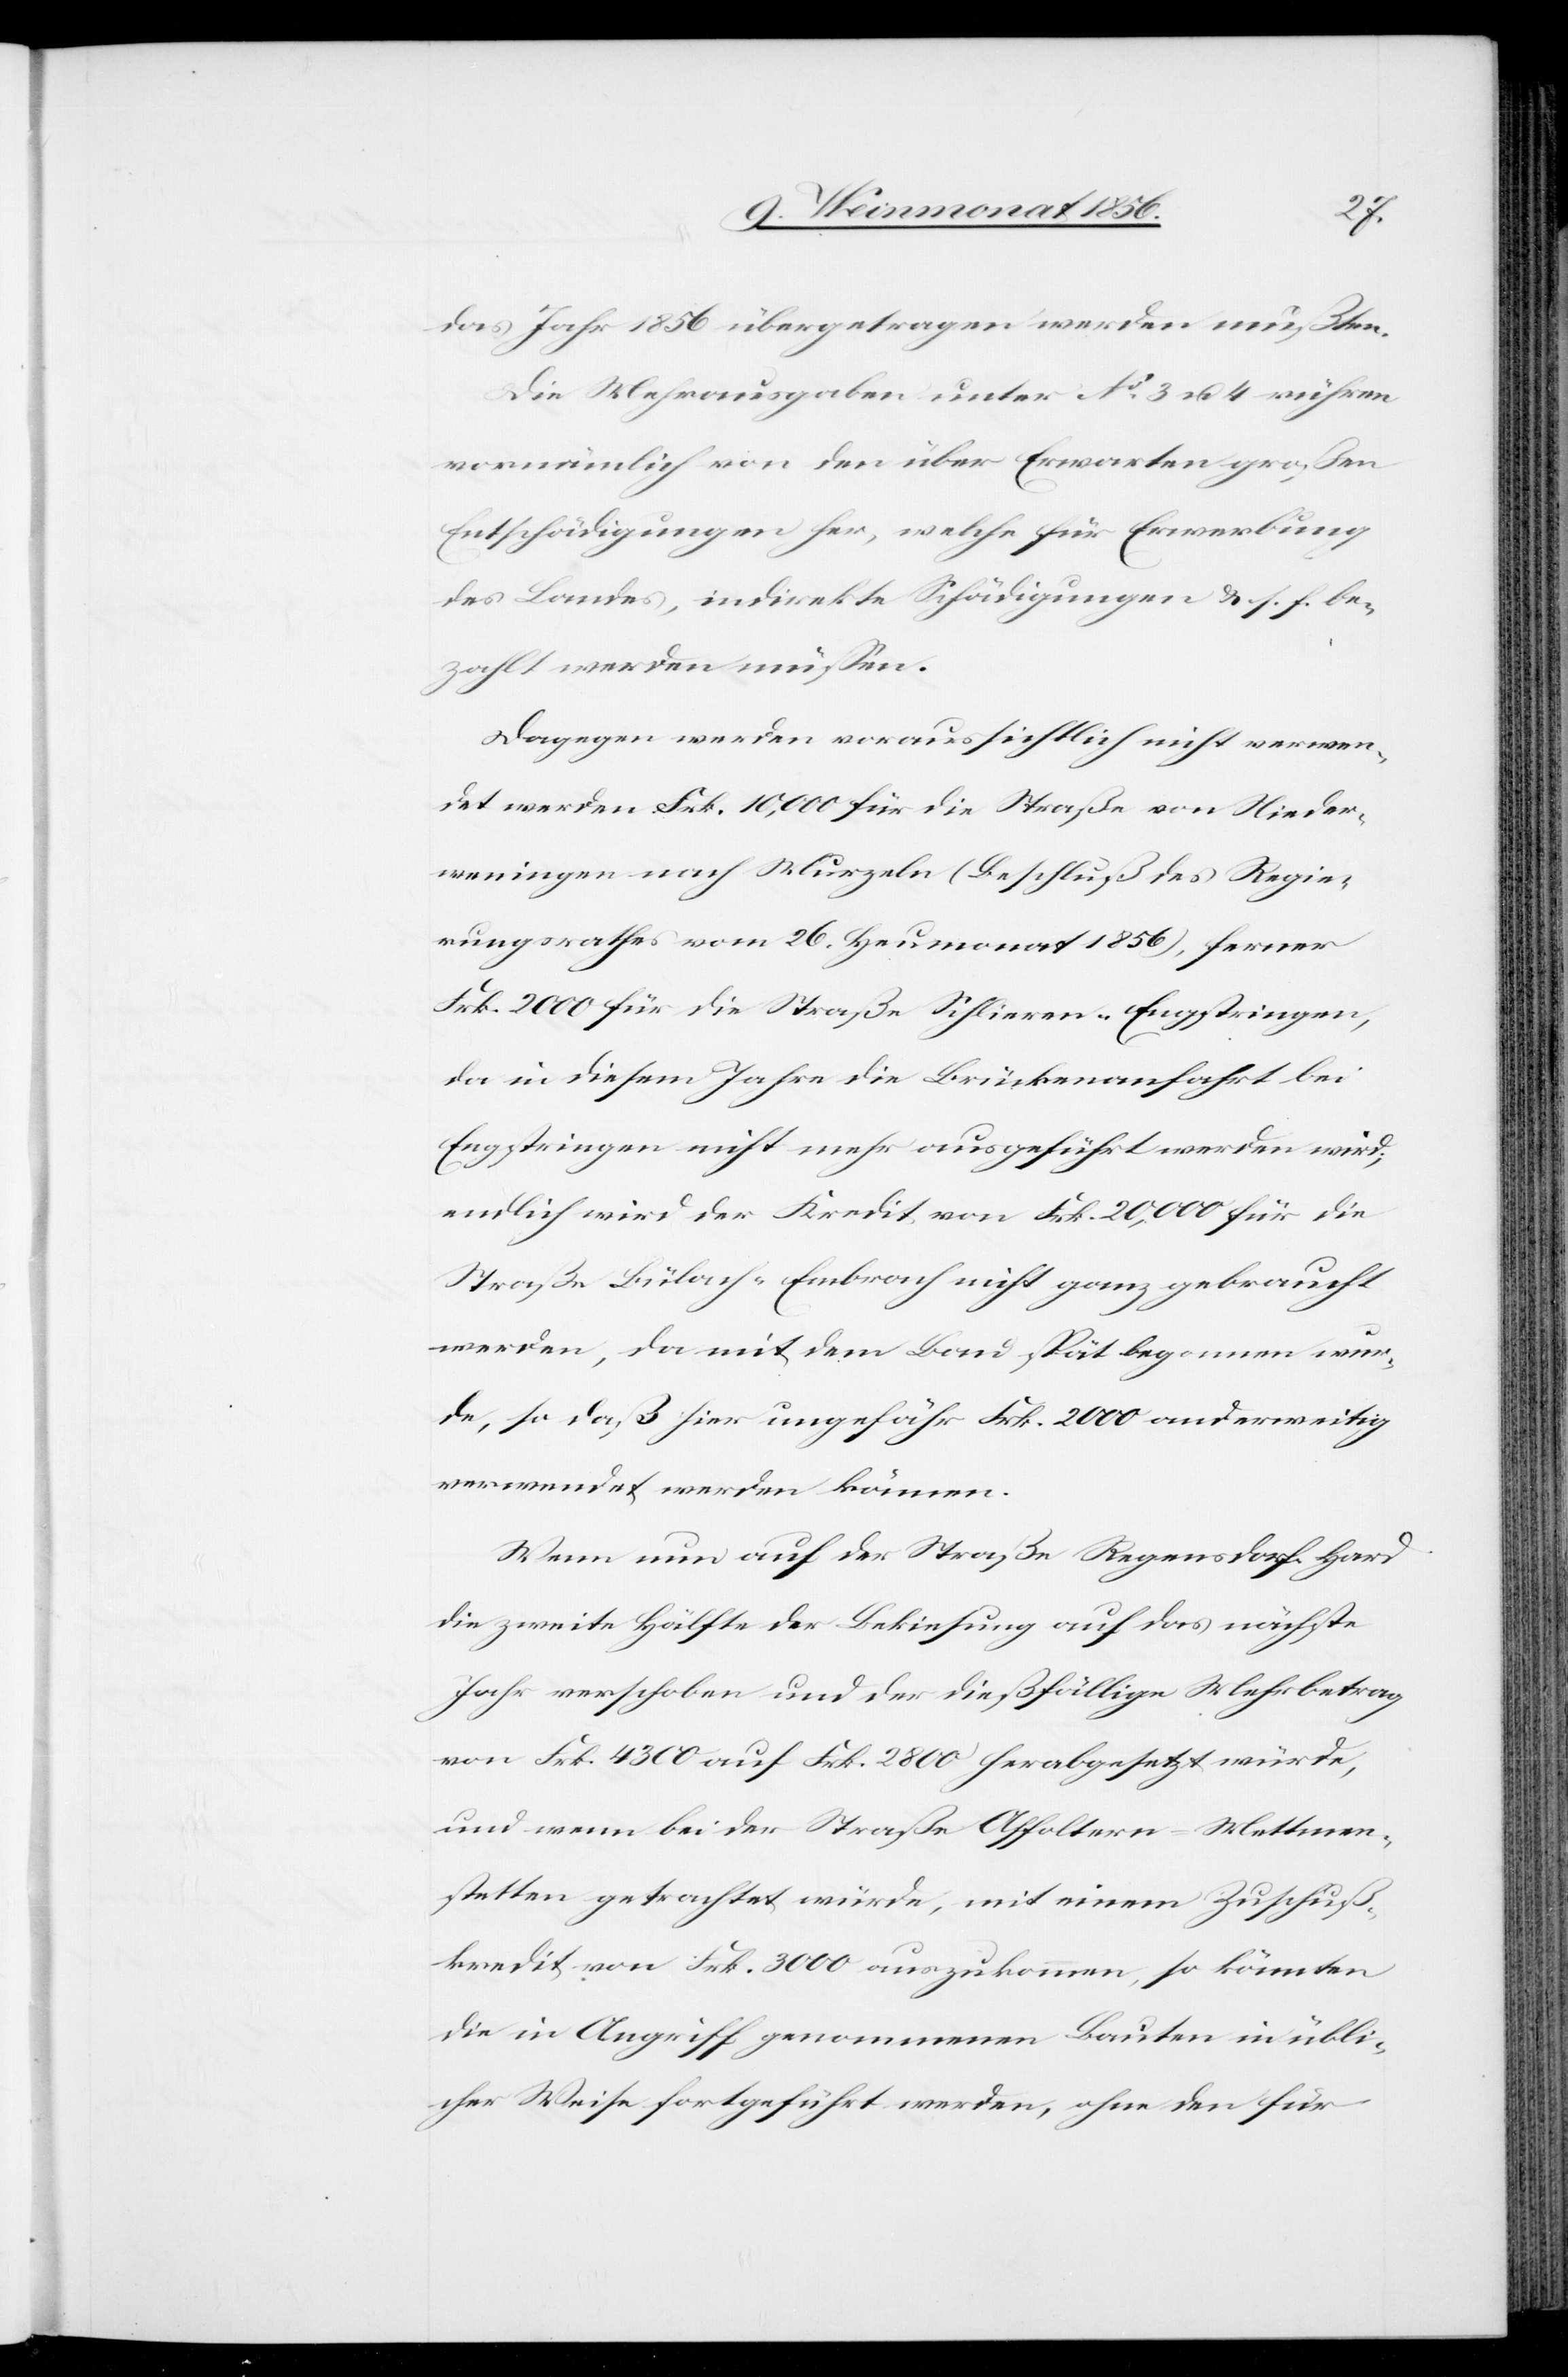
das Jahr 1856 übergetragen werden mußten.
Die Mehrausgaben unter No 3 u. 4 rühren
vornämlich von den über Erwarten großen
Entschädigungen her, welche für Erwerbung
des Landes, indirekte Schädigungen & s. f. be¬
zahlt werden müssen.
Dagegen werden voraussichtlich nicht verwen¬
det werden Frk. 10,000 für die Straße von Nieder¬
weningen nach Wurzeln (Beschluß des Regie¬
rungsrathes vom 26. Heumonat 1856), ferner
Frk. 2000 für die Straße Schlieren-Engstringen,
da in diesem Jahre die Brückenanfahrt bei
Engstringen nicht mehr ausgeführt werden wird;
endlich wird der Kredit von Frk. 20,000 für die
Straße Bülach-Embrach nicht ganz gebraucht
werden, da mit dem Bau spät begonnen wur¬
de, so daß hier ungefähr Frk. 2000 anderweitig
verwendet werden können.
Wenn nun auf der Straße Regensdorf-Hard
die zweite Hälfte der Bekiesung auf das nächste
Jahr verschoben und der dießfällige Mehrbetrag
von Frk. 4300 auf Frk. 2800 herabgesetzt würde,
und wenn bei der Straße Affoltern-Mettmen¬
stetten getrachtet würde, mit einem Zuschuß¬
kredit von Frk. 3000 auszukommen, so könnten
die in Angriff genommenen Bauten in übli¬
cher Weise fortgeführt werden, ohne den für